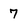
Character: 7